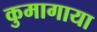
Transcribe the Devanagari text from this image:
कुमागाया